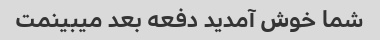
شما خوش آمدید دفعه بعد میبینمت